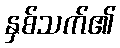
နှစ်သက်၏